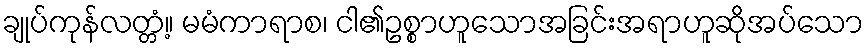
ချုပ်ကုန်လတ္တံ့။ မမံကာရာစ၊ ငါ၏ဥစ္စာဟူသောအခြင်းအရာဟူဆိုအပ်သော